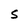
Character: S